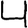
Digit: 4